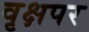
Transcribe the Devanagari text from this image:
वृक्षपर